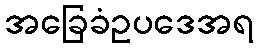
အခြေခံဥပဒေအရ